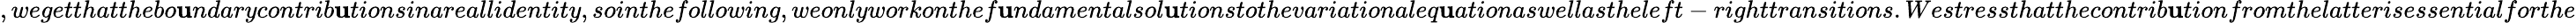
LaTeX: ,wegetthatthebo\mathbf{u}ndarycontrib\mathbf{u}tionsinareallidentity,sointhefollowing,weonlyworkonthef\mathbf{u}ndamentalsol\mathbf{u}tionstothevariationaleq\mathbf{u}ationaswellastheleft-righttransitions.Westressthatthecontrib\mathbf{u}tionfromthelatterisessentialforthe